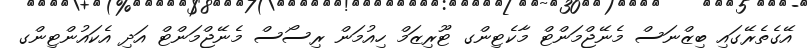
އޭގެތެރޭގައި ބިޒްނަސް މެނޭޖްމަންޓް މާކެޓިންގ ޓޫރިޒަމް ހިއުމަން ރިސޯސް މެނޭޖްމަންޓް އަދި އެކައުންޓިންގ